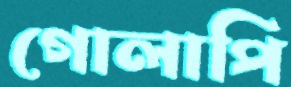
গোলাপি